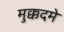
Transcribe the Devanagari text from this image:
मुक्कदमे